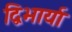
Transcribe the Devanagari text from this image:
द्विभार्या